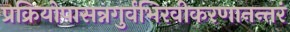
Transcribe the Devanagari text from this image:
प्रक्रियोपासन्नगुर्वभिरवीकरणानन्तरं